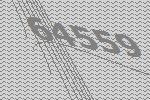
64559